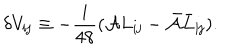
LaTeX: \delta V _ { { \mathbf i } { \mathbf j } } \equiv - \frac { i } { 4 8 } ( { \cal A } L _ { { \mathbf i } { \mathbf j } } - { \bar { \cal A } } \bar { L } _ { { \mathbf i } { \mathbf j } } ) .